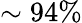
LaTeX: \sim 94\%